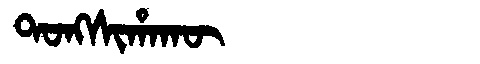
Manchu: ᡨᠣᠩᠰᡳᡥᠠᡴᡡ
Romanization: TONGSIHAKŪ